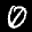
Label: 0